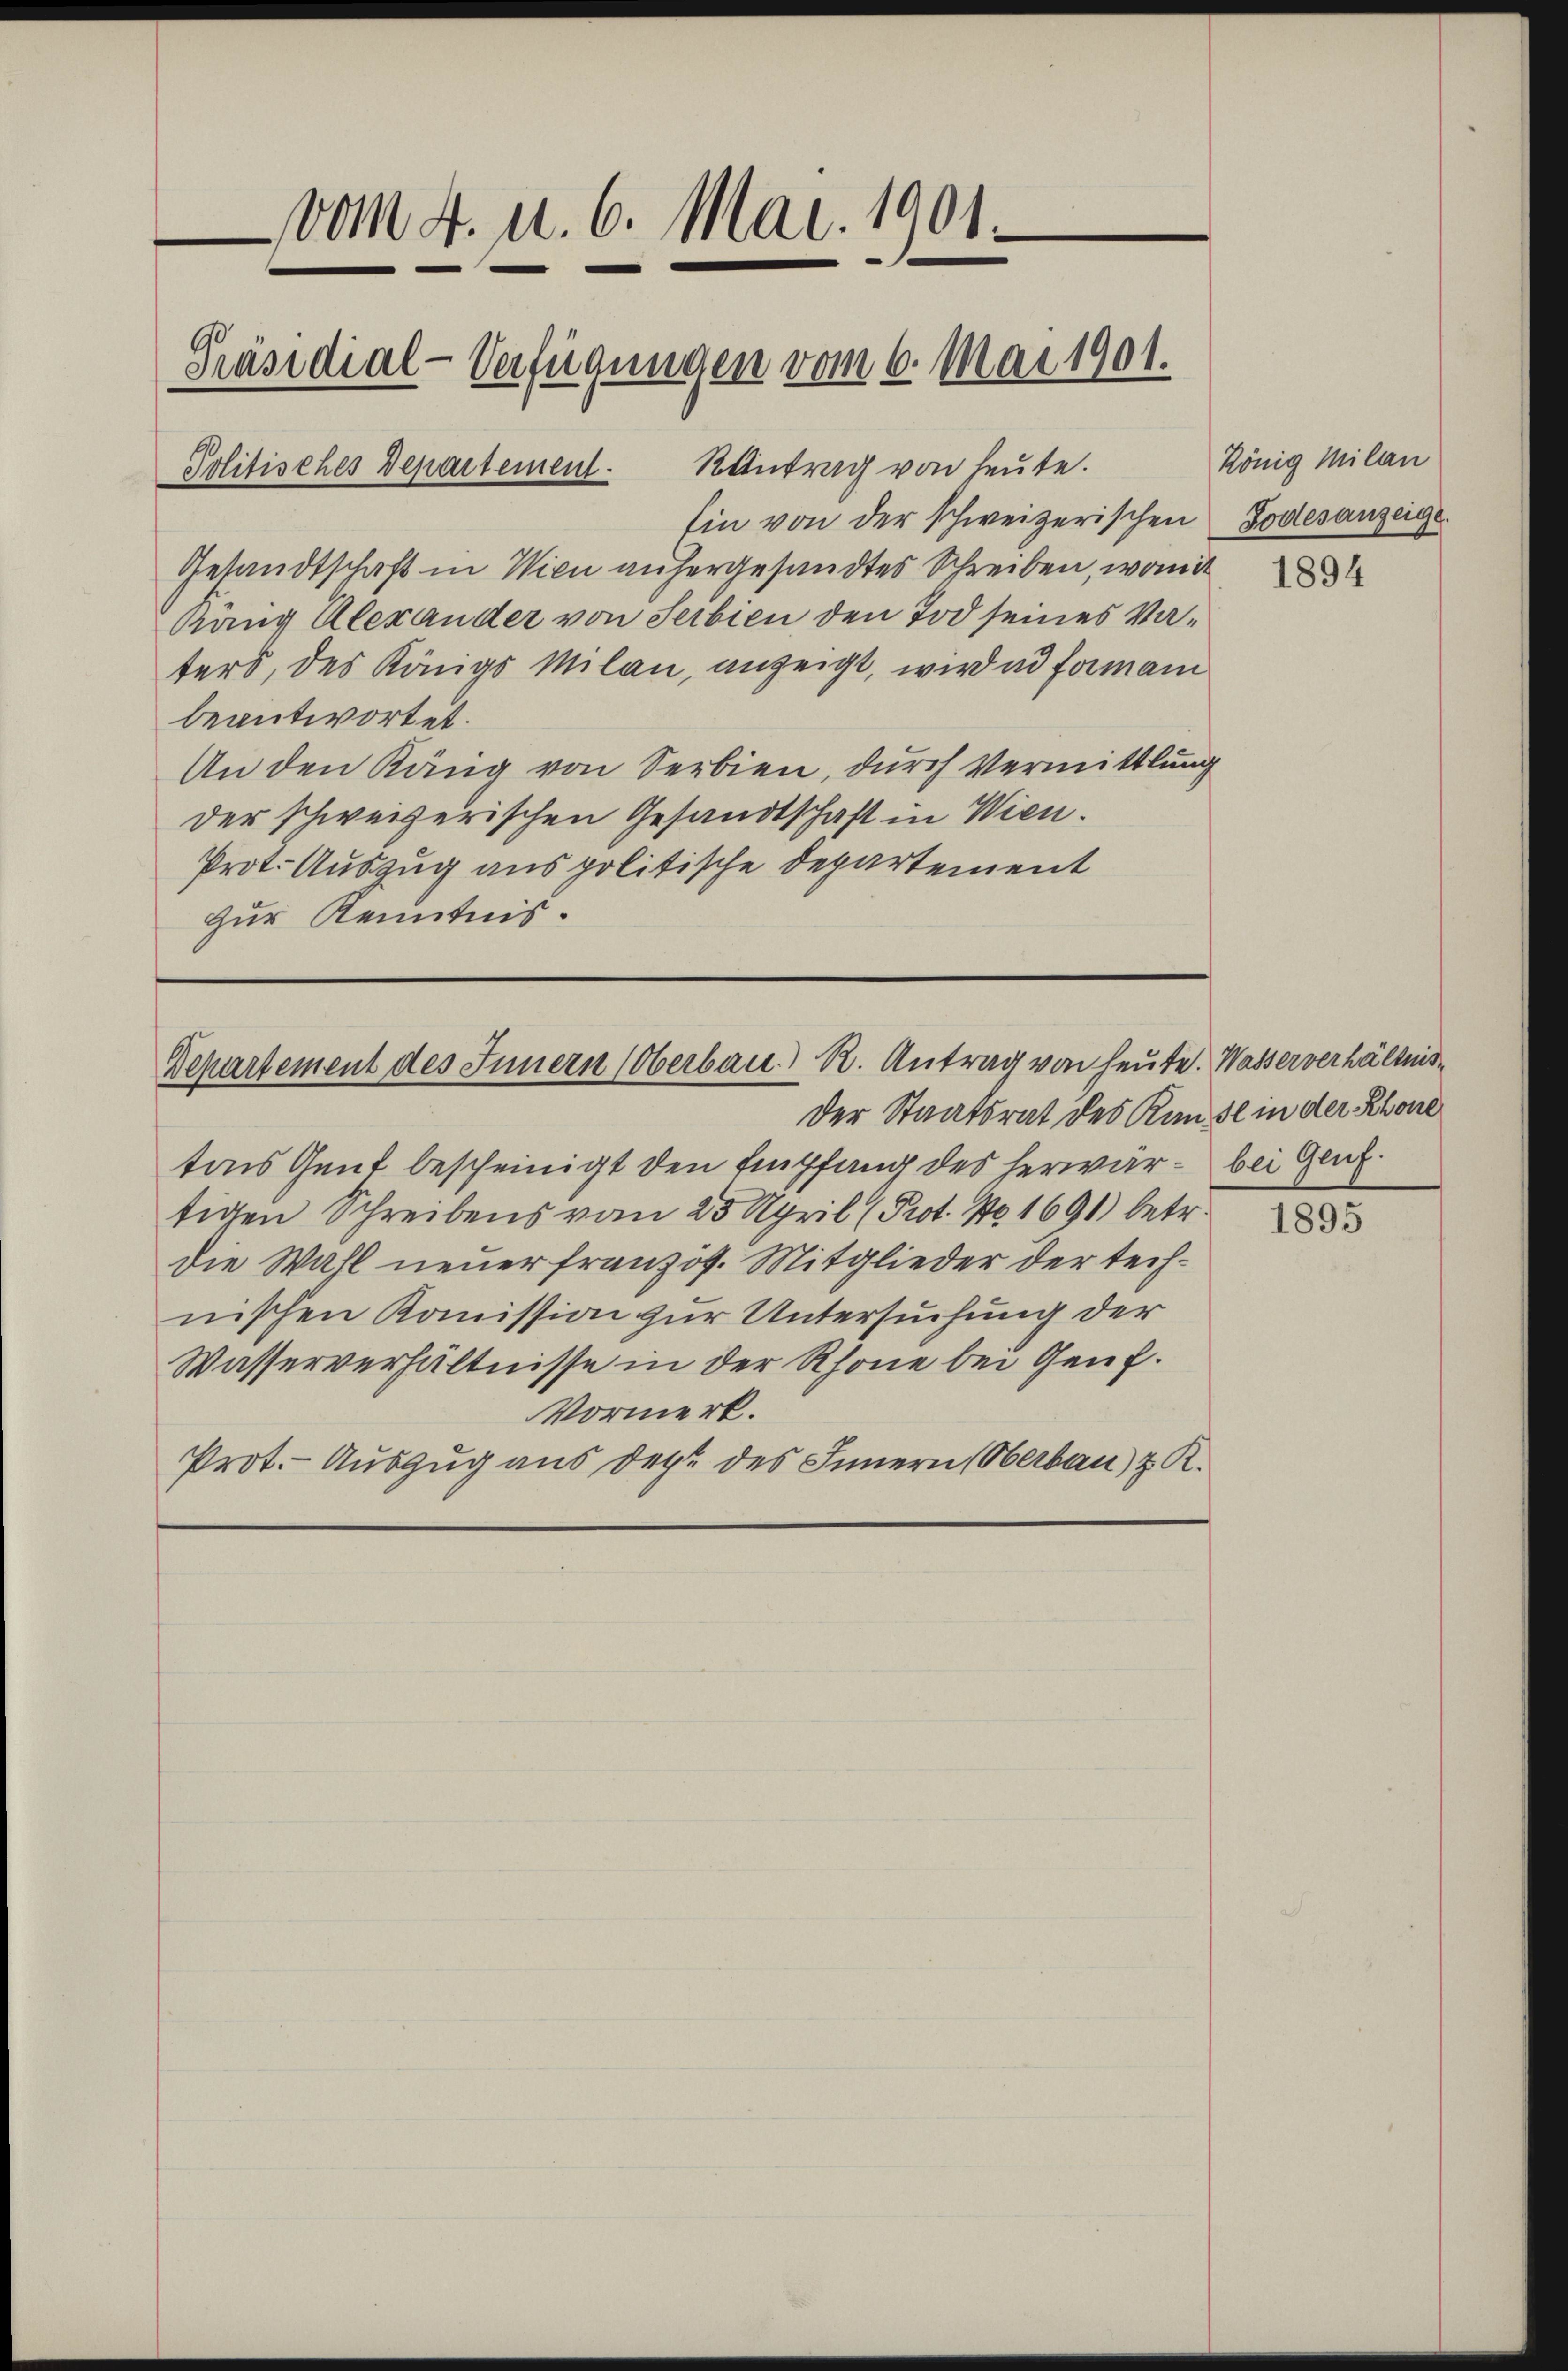
vom 4. u. 6. Mai 1901.
Präsidial-Verfügungen vom 6. Mai 1901.
RAntrag von heute.
Politisches Departement.

Ein von der schweizerischen Todesanzeige
Gesandtschaft in Wien anhergesandtes Schreiben, womit
Käng Alexander von Serbien den Tod seines Vaters, des Königs Milan, anzeigt, wird in forman
beantwortet.
An den Käng von Serbien, durch Vermittlung
der schweizerischen Gesandtschaft in Wien.
Prot. Auszug aus politische Departement
Zur Kenntnis.

Departement des Innern (Oberbau. R. Antrag von heute. Wasserverhältnis¬

der Staatsrat des Kunst in der Rhone
tons Gent bescheinigt den Empfang des herwär - bei Genztigen Schreibens vom 25. April (Prot. No 1691) betr.
die Wahl neuer französ. Mitglieder der technischen Kommission zur Untersuchung der
Wasserverhältnisse in der Rhone bei Genf.
Vormerk.
Prot. - Auszug aus der des Innern (Oberbau) z. R.

König Milan

1895